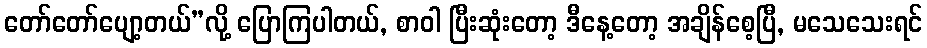
တော်တော်ပျော့တယ်”လို့ ပြောကြပါတယ်, စာဝါ ပြီးဆုံးတော့ ဒီနေ့တော့ အချိန်စေ့ပြီ, မသေသေးရင်